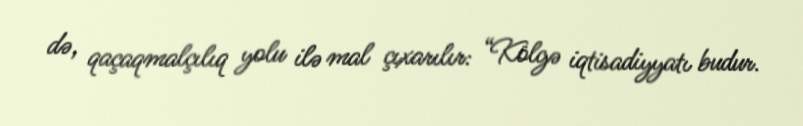
də, qaçaqmalçılıq yolu ilə mal çıxarılır: “Kölgə iqtisadiyyatı budur.